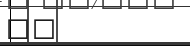
١٢